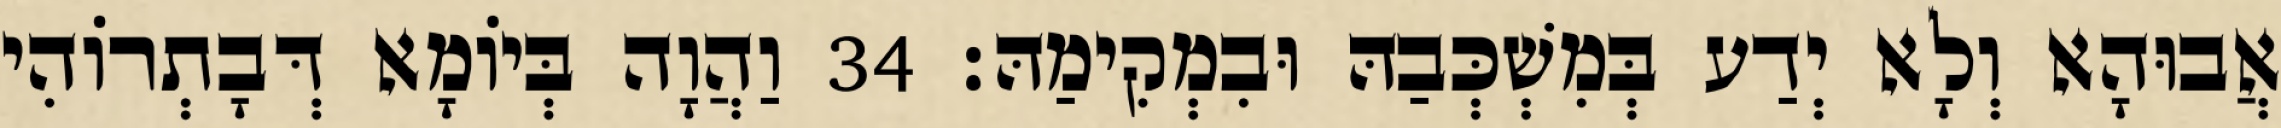
אֲבוּהָא וְלָא יְדַע בְּמִשְׁכְּבַהּ וּבִמְקִימַהּ׃ 34 וַהֲוָה בְּיוֹמָא דְּבָתְרוֹהִי